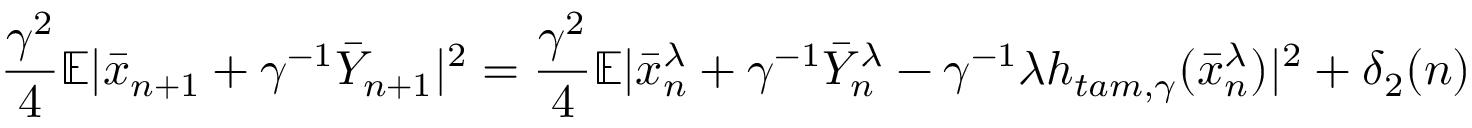
\frac { \gamma ^ { 2 } } { 4 } \mathbb { E } | \bar { x } _ { n + 1 } + \gamma ^ { - 1 } \bar { Y } _ { n + 1 } | ^ { 2 } = \frac { \gamma ^ { 2 } } { 4 } \mathbb { E } | \bar { x } _ { n } ^ { \lambda } + \gamma ^ { - 1 } \bar { Y } _ { n } ^ { \lambda } - \gamma ^ { - 1 } \lambda h _ { t a m , \gamma } ( \bar { x } _ { n } ^ { \lambda } ) | ^ { 2 } + \delta _ { 2 } ( n )